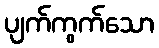
ပျက်ကွက်သော